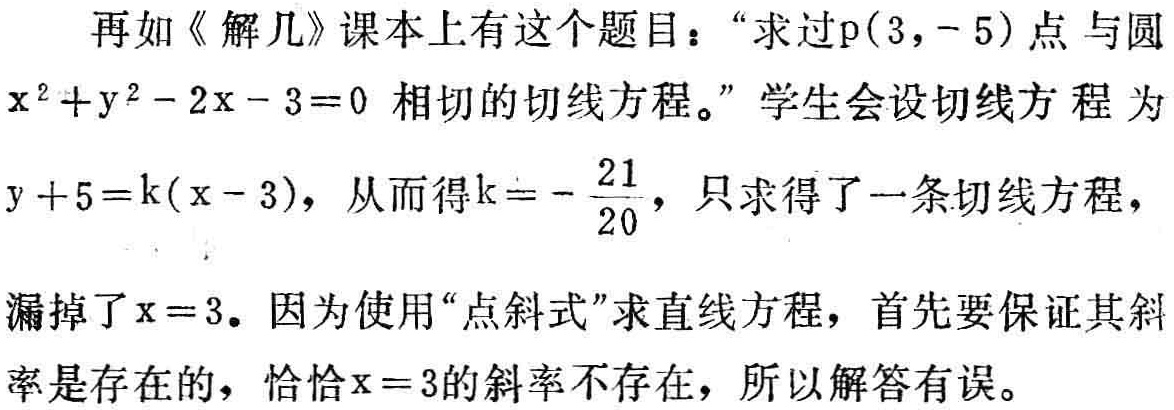
再如《解几》课本上有这个题目：“求过\(p(3,-5)\)点与圆\(x^{2}+y^{2}-2x - 3 = 0\)相切的切线方程。”学生会设切线方程为\(y + 5 = k(x - 3)\)，从而得\(k = -\frac{21}{20}\)，只求得了一条切线方程，漏掉了\(x = 3\)。因为使用“点斜式”求直线方程，首先要保证其斜率是存在的，恰恰\(x = 3\)的斜率不存在，所以解答有误。